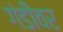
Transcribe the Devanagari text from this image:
गंडीवर